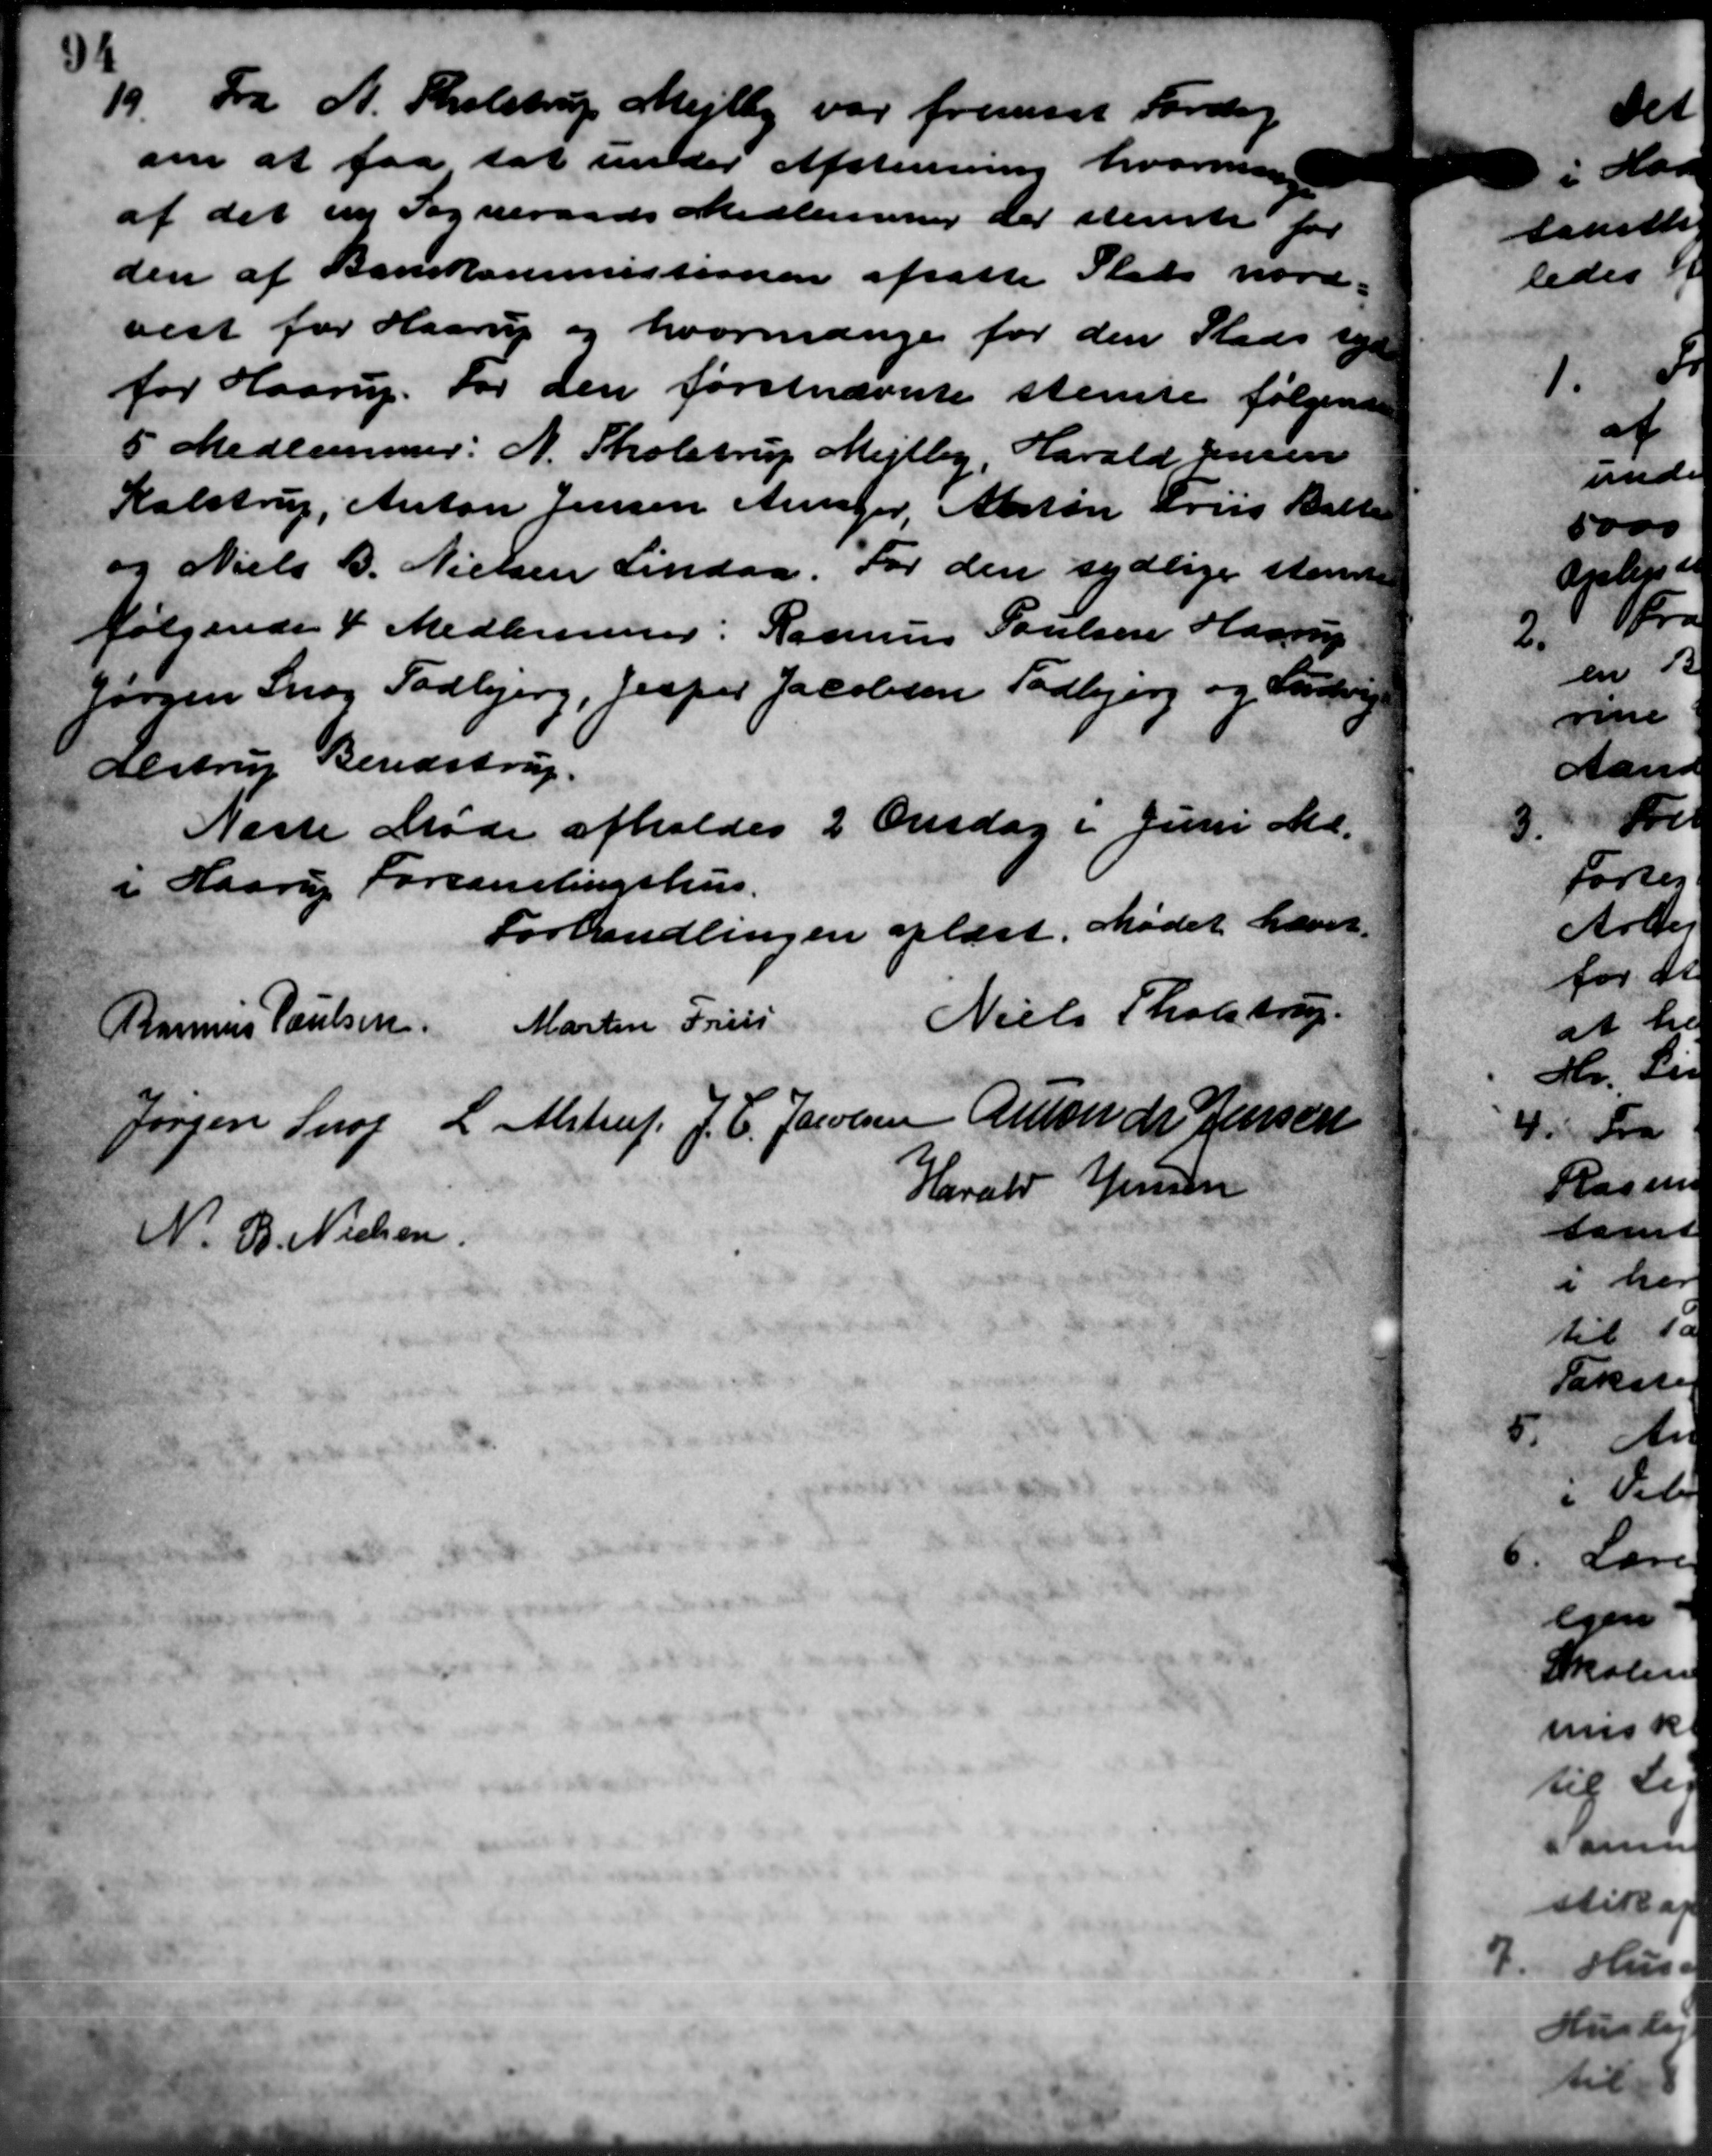
Transskription:
19. Fra A. Tholstrup Mejlby var fremset Forden
19. Fra A. Tholstrup Mejlby var fremset Forden
om at faa tat under Afstemning hvormange
af det ny Sogneraads Medlemmer der stemte for
den af Banekommissioner afsatte Stats nord-
vest for Haarup og hvormange for den Stads leje
for Haarup. For den førstnævnte stemte følgende
5 Medlemmer: N. Tholstrup Mejlby, Harald Jensen
Kalstrup, Anton Jensen Ansøger, Anton Friis Balle
og Niels B. Nielsen Lindaa. For den sydlige stemme
følgende 4 Medlemmer: Rasmus Poulsen Haarup
Jørgen Snog Todbjerg, Jesper Jacobsen Todbjerg og Forsørg
Alstrup Bendstrup.
Næste Møde afholdes 2 Onsdag i Juni Md.
i Haarup Forsamlingshus.
Forhandlingen oplæst. Mødet hævet.
Rasmus Poulsen Martin Friis
Niels Tholstrup
Jørgen Snog L. Alstrup, J. C. Jacobsen Amonde Jensen
Harald Jensen
N. B. Nielsen